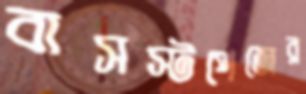
বাসস্টপেজের